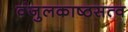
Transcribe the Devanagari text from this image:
वंजुलकाष्ठसत्व